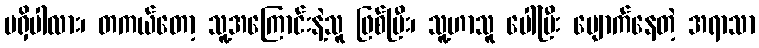
မရှိပါလား၊ တကယ်တော့ သူ့အကြောင်းနဲ့သူ ဖြစ်ပြီး၊ သူ့ဟာသူ ပေါ်ပြီး ပျောက်နေတဲ့ အရာသာ